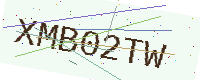
Text: XMB02TW